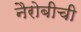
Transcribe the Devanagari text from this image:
नैरोबीची